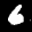
Label: 6